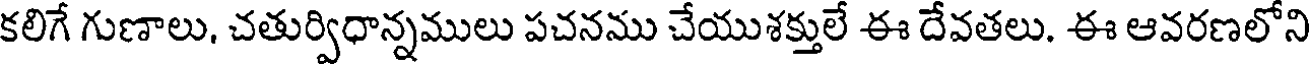
కలిగే గుణాలు, చతుర్విధాన్నములు పచనము చేయుశక్తులే ఈ దేవతలు. ఈ ఆవరణలోని